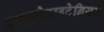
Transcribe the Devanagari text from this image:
क्यूप्रोटाइटेनियम